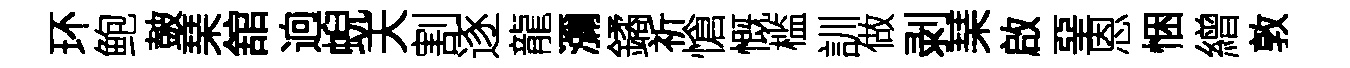
环鲍皷琹舘逈蜺天割逐龍瀰鐍祈愴慨槛訓做剥琹啟堊恩悃繒敦